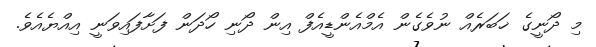
މި ދޯނީގެ ޚަބަރެއް ނުވެގެން އެމްއެންޑީއެފް އިން ދޯނި ހޯދަން ފަށާފައިވަނީ އިއްޔެއެވެ.